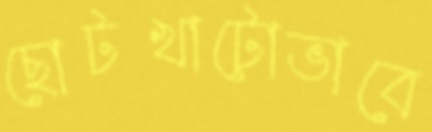
ছোটখাটোভাবে